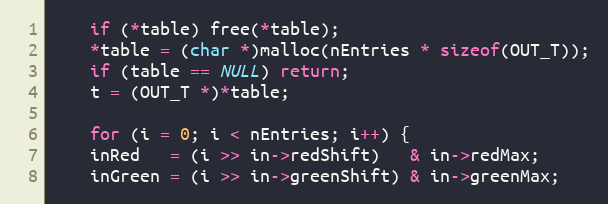
Language: C++
    if (*table) free(*table);
    *table = (char *)malloc(nEntries * sizeof(OUT_T));
	if (table == NULL) return;
    t = (OUT_T *)*table;

    for (i = 0; i < nEntries; i++) {
	inRed   = (i >> in->redShift)   & in->redMax;
	inGreen = (i >> in->greenShift) & in->greenMax;